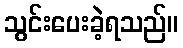
သွင်းပေးခဲ့ရသည်။